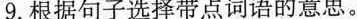
9.根据句子选择带点词语的意思。